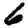
Digit: 6